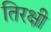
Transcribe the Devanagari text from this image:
तिरक्षी